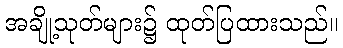
အချို့သုတ်များ၌ ထုတ်ပြထားသည်။